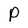
Character: p